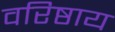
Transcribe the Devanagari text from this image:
वरिष्ठाय